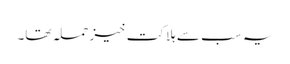
یہ سب سے ہلاکت خیز حملہ تھا۔